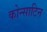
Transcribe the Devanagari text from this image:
कोन्साटिन